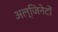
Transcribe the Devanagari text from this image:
अल्जिनेटों